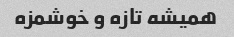
همیشه تازه و خوشمزه